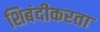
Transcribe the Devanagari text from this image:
शिबंदीकरता